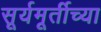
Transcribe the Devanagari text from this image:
सूर्यमूर्तीच्या